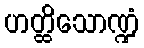
ဟတ္ထိသောဏ္ဍံ